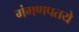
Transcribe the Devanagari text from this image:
गंगणपतये